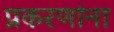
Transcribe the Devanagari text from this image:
प्रकरणांना